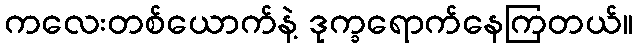
ကလေးတစ်ယောက်နဲ့ ဒုက္ခရောက်နေကြတယ်။